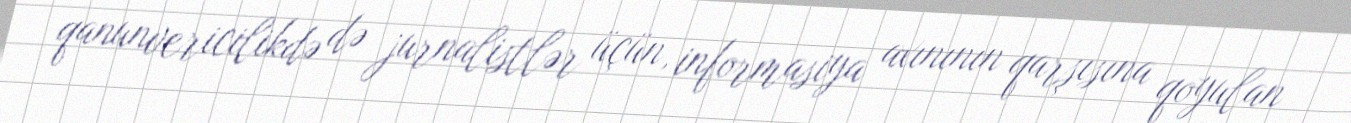
qanunvericilikdə də jurnalistlər üçün, informasiya axınının qarşısına qoyulan